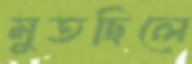
মুতছিলে